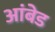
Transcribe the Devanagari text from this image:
आंबेड